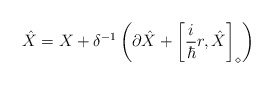
\begin{align*} \hat{X} = X + \delta^{-1} \left( \partial \hat{X} + \left[\frac{i}{\hbar} r, \hat{X}\right]_\diamond \right)\end{align*}